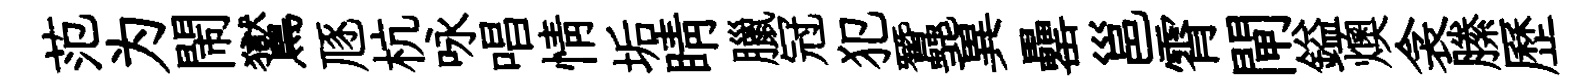
范为閙鸑豗杭咏唱情垢睛臘冠犯蠶冀罍邕霄閘鎰燠衾縢歷